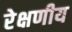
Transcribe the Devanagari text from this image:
रेक्षणीय